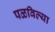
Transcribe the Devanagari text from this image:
पळविल्या